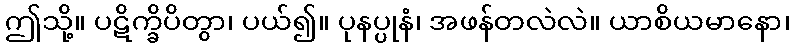
ဤသို့။ ပဋိက္ခိပိတွာ၊ ပယ်၍။ ပုနပ္ပုနံ၊ အဖန်တလဲလဲ။ ယာစိယမာနော၊